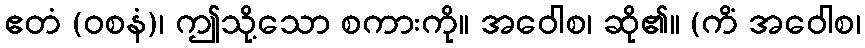
ဧတံ (ဝစနံ)၊ ဤသို့သော စကားကို။ အဝေါစ၊ ဆို၏။ (ကိံ အဝေါစ၊